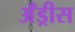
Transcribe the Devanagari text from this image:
अँड्रीस